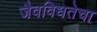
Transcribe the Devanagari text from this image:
जैवविधतेचा